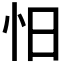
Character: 𰑃